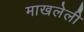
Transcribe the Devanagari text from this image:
माखलेली